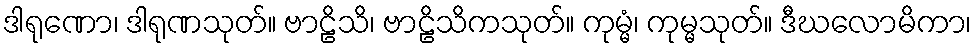
ဒါရုဏော၊ ဒါရုဏသုတ်။ ဗာဠိသိ၊ ဗာဠိသိကသုတ်။ ကုမ္မံ၊ ကုမ္မသုတ်။ ဒီဃလောမိကာ၊